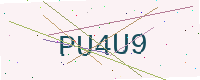
Text: PU4U9